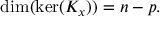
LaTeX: \dim ( \ker ( K _ { x } ) ) = n - p .